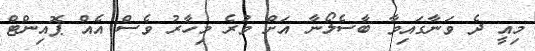
މިއީ ދެ ވަނާގައިވާ ބާސެލޯނާ އަށް ވުރެ މިހާރު ވެސް އެއް ޕޮއިންޓް